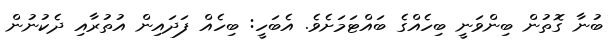
ބުނާ ގޮތުން ބިންވަނީ ބިހެއްގެ ބައްޓަމަށެވެ. އެބަހީ: ބިހެއް ފަދައިން އުތުރާއި ދެކުނުން